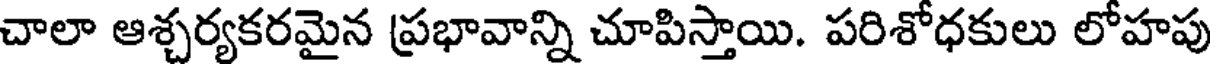
చాలా ఆశ్చర్యకరమైన ప్రభావాన్ని చూపిస్తాయి. పరిశోధకులు లోహపు